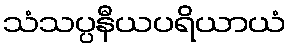
သံသပ္ပနီယပရိယာယံ